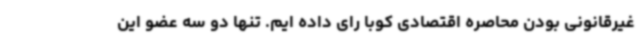
غیرقانونی بودن محاصره اقتصادی کوبا رای داده ایم. تنها دو سه عضو این